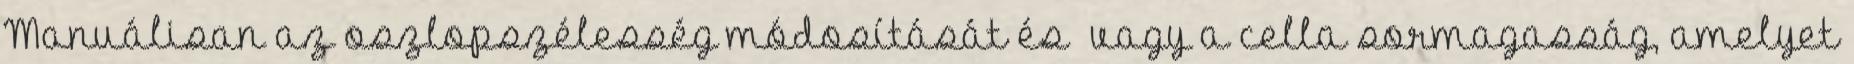
Manuálisan az oszlopszélesség módosítását és vagy a cella sormagasság, amelyet